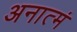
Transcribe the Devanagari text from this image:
अनात्मं